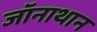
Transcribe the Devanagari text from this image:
जॉनाथान